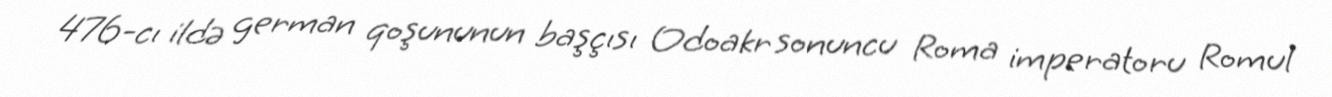
476-cı ildə german qoşununun başçısı Odoakr sonuncu Roma imperatoru Romul